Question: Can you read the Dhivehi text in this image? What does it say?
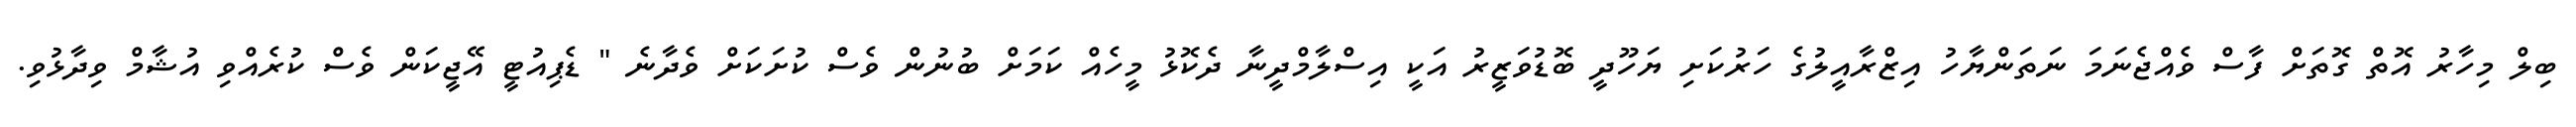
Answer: ބިލް މިހާރު އޮތް ގޮތަށް ފާސް ވެއްޖެނަމަ ނަތަންޔާހު އިޒްރާއީލުގެ ހަރުކަށި ޔަހޫދީ ބޮޑުވަޒީރު އަކީ އިސްލާމްދީނާ ދެކޮޅު މީހެއް ކަމަށް ބުނުން ވެސް ކުށަކަށް ވެދާނެ " ޑެޕިއުޓީ އޭޖީކަން ވެސް ކުރެއްވި އުޝާމް ވިދާޅުވި.